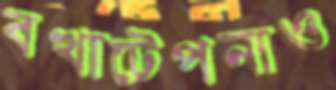
বখাটেপনাও